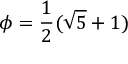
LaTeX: \phi = { \frac { 1 } { 2 } } ( { \sqrt { 5 } } + 1 )